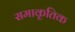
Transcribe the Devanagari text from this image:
समाकृतिक